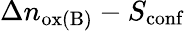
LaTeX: \Delta n_{\mathrm{ox(B)}}-S_{\mathrm{conf}}